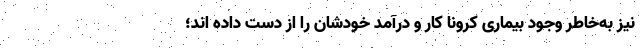
نیز به‌خاطر وجود بیماری کرونا کار و درآمد خودشان را از دست داده اند؛